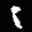
Label: 8